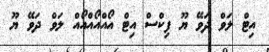
އިޓް ލަވް ދަވޭ ޔޫ ފިކްސް އިޓް އޯއްއޯއްއޯއް ލަވް ދަވޭ ޔޫ